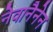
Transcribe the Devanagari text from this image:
नेवानैनेन